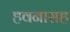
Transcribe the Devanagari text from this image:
हवनासह